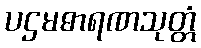
ပဌမဓာရဏသုတ္တံ